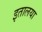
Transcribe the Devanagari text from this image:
इतालया